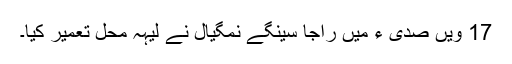
17 ویں صدی ء میں راجا سینگے نمگیال نے لیہہ محل تعمیر کیا۔